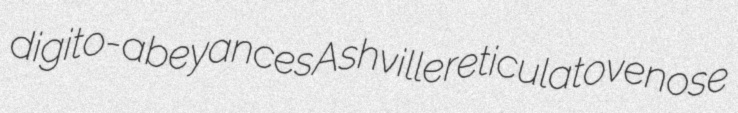
digito- abeyances Ashville reticulatovenose